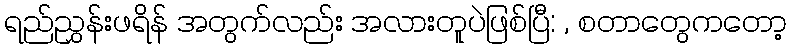
ရည်ညွှန်းဖရိန် အတွက်လည်း အလားတူပဲဖြစ်ပြီ: , စတာတွေကတော့